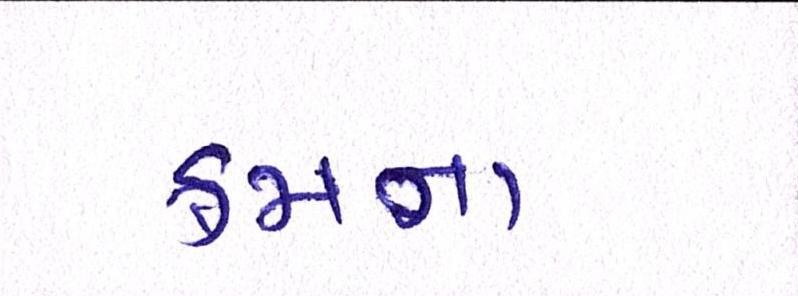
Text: ક્રમના